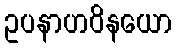
ဥပနာဟဝိနယော